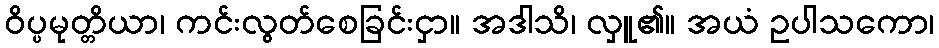
ဝိပ္ပမုတ္တိယာ၊ ကင်းလွတ်စေခြင်းငှာ။ အဒါသိ၊ လှူ၏။ အယံ ဥပါသကော၊